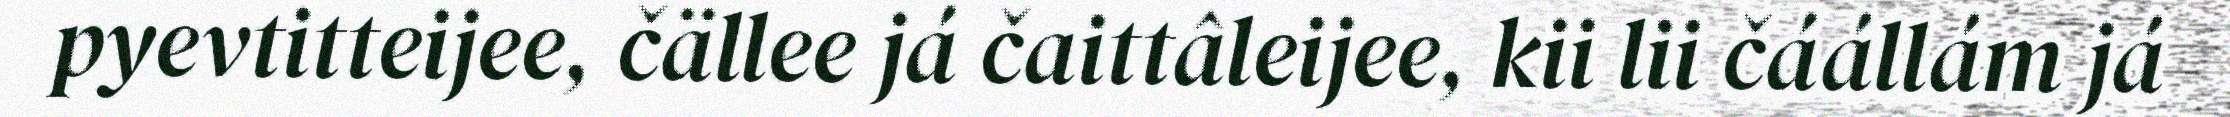
pyevtitteijee, čällee já čaittâleijee, kii lii čáállám já